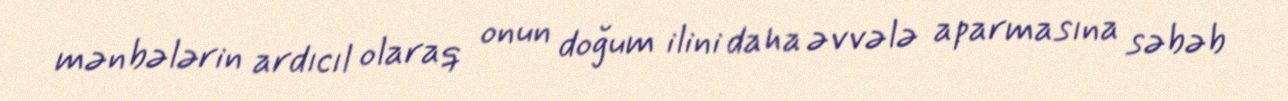
mənbələrin ardıcıl olaraq onun doğum ilini daha əvvələ aparmasına səbəb